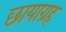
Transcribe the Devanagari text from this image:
छायाग्रह